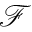
\mathcal F